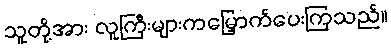
သူတို့အား လူကြီးများကမြှောက်ပေးကြသည်။